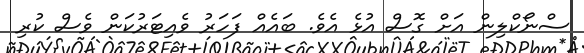
ސްނޯކްލިން އަށް ގޮސް އުޅެ އެވެ. ބައެއް ފަހަރު ވެއިޓަރުކަން ވެސް ކުރި